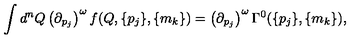
\int d ^ { n } Q \left( { \partial } _ { p _ { j } } \right) ^ { \omega } f ( Q , \{ p _ { j } \} , \{ m _ { k } \} ) = \left( { \partial } _ { p _ { j } } \right) ^ { \omega } \Gamma ^ { 0 } ( \{ p _ { j } \} , \{ m _ { k } \} ) ,